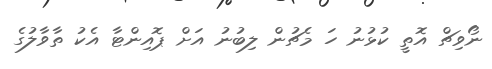
ނޯވިޗް އޮތީ ކުޅުނު ހަ މެޗުން ލިބުނު އަށް ޕޮއިންޓާ އެކު ތާވާލުގެ